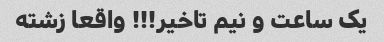
یک ساعت و نیم تاخیر!!! واقعا زشته